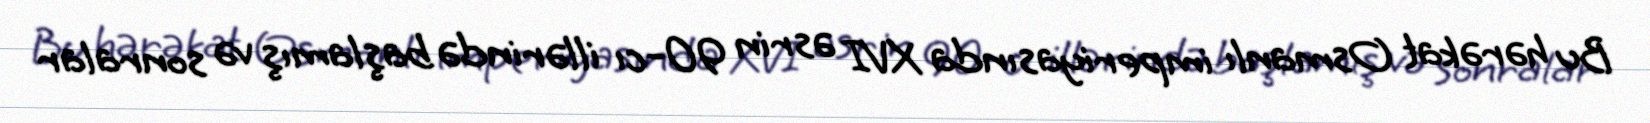
Bu hərəkat Osmanlı imperiyasında XVI əsrin 90-cı illərində başlamış və sonralar